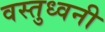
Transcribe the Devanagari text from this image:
वस्तुध्वनी